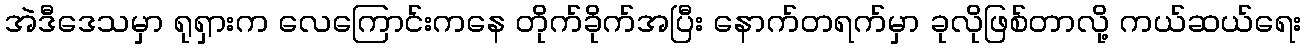
အဲဒီဒေသမှာ ရုရှားက လေကြောင်းကနေ တိုက်ခိုက်အပြီး နောက်တရက်မှာ ခုလိုဖြစ်တာလို့ ကယ်ဆယ်ရေး